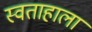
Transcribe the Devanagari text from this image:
स्वताहाला